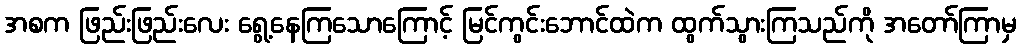
အစက ဖြည်းဖြည်းလေး ရွေ့နေကြသောကြောင့် မြင်ကွင်းဘောင်ထဲက ထွက်သွားကြသည်ကို အတော်ကြာမှ